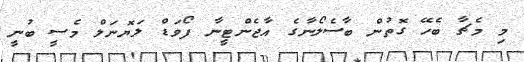
މި މެޗާ ބެހޭ ގޮތުން ބާސެލޯނާގެ އާޖެންޓީނާ ފޯވަޑް ލަޔޮނަލް މެސީ ބުނީ